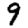
Digit: 9